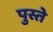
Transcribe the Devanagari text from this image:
पुस्ते